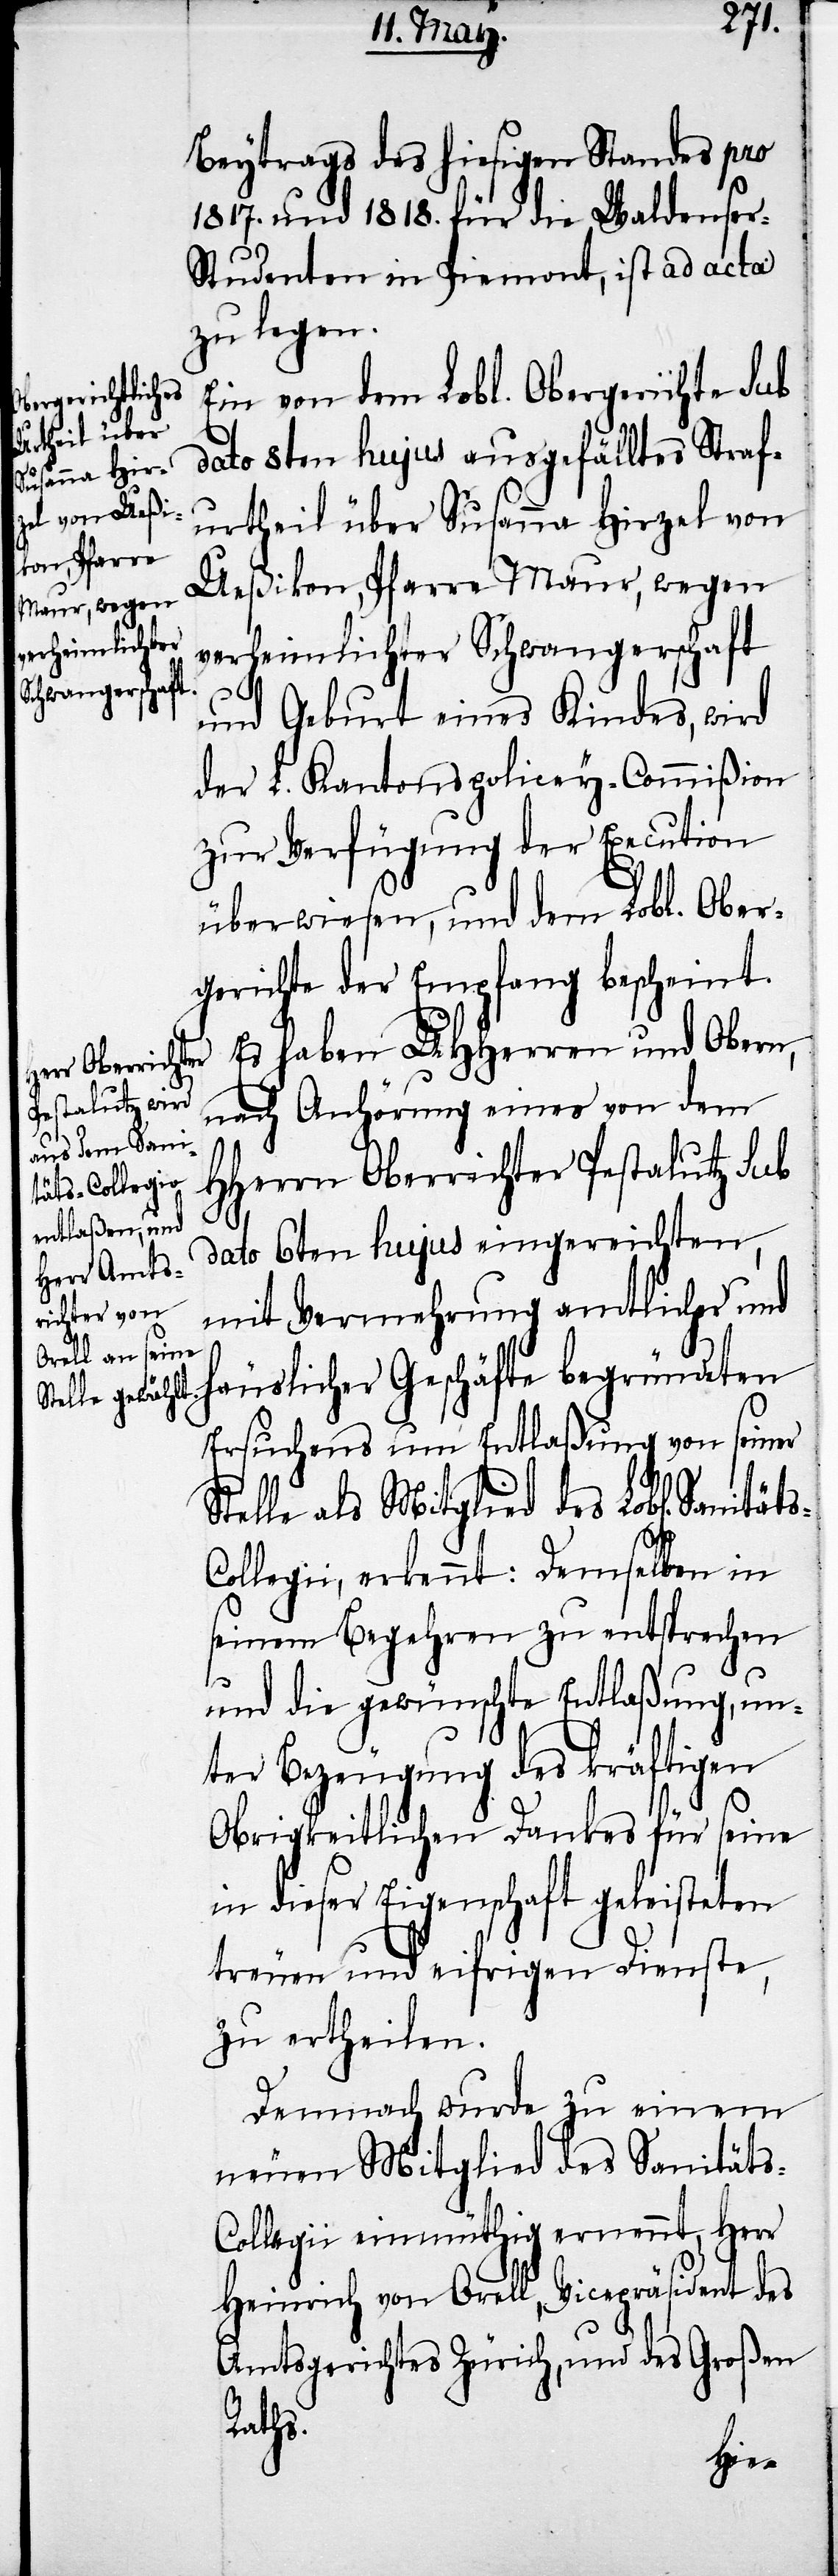
täts-Collegi¬

Sani¬
Beytrags des hiesigen Standes pro
1817. und 1818. für die Waldenser-S¬
tudenten in Piemont, ist ad acta
zu legen.
Ein von dem Lobl. Obergerichte sub
dato 8ten hujus ausgefälltes Straf¬
urtheil über Susanna Hirzel von
Ueßikon, Pfarre Maur, wegen
verheimlichter Schwangerschaft
und Geburt eines Kindes, wird
der L. Kantonspolicey-Commißion
zur Verfügung der Execution
überwiesen, und dem Lobl. Ober¬
gerichte der Empfang bescheint.
Es haben UHHerren und Obern,
nach Anhörung eines von dem
HHerrn Oberrichter Pestalutz sub
6ten hujus eingereichten,
dato
mit Vermehrung amtlicher und
häuslicher Geschäfte begründeten
Ersuchens um Entlaßung von seiner
Stelle als Mitglied des Lobl[ichen]
i, erkennt: Demselben in
seinem Begehren zu entsprechen
und die gewünschte Entlaßung, un¬
ter Bezeugung des kräftigen
Obrigkeitlichen Dankes für seine
in dieser Eigenschaft geleisteten
treuen und eifrigen Dienste,
zu ertheilen.
Demnach wurde zu einem
neuen Mitglied des Sanität¬
s-Collegii einmüthig ernennt, Herr
Heinrich von Orell, Vicepräsident des
Amtsgerichtes Zürich, und des Großen
Raths.